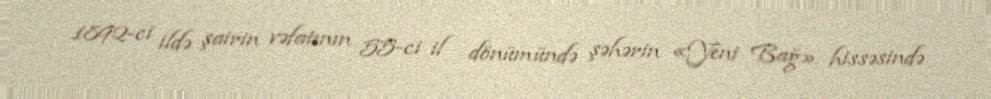
1892-ci ildə şairin vəfatının 55-ci il dönümündə şəhərin «Yeni Bağ» hissəsində